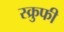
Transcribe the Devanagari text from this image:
स्क्रुफी